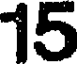
15